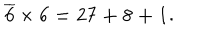
\mathbf { \overline { { { 6 } } } \times 6 = 2 7 + 8 + 1 . }